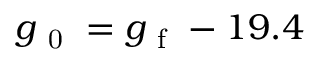
g _ { \mathrm { ~ 0 ~ } } = g _ { \mathrm { ~ f ~ } } - 1 9 . 4